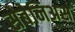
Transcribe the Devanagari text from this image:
सेबेनिअस